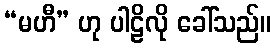
“မဟီ” ဟု ပါဠိလို ခေါ်သည်။